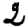
Digit: 2